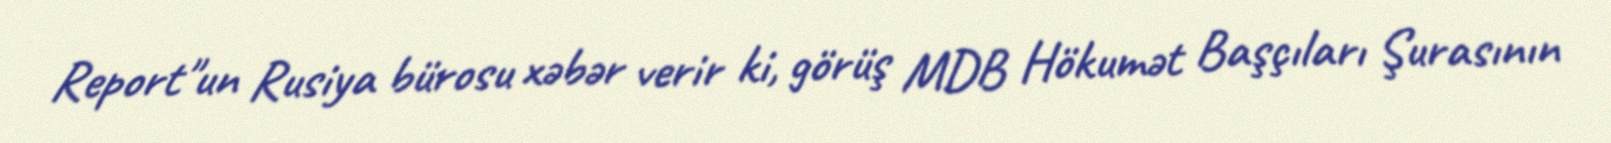
Report"un Rusiya bürosu xəbər verir ki, görüş MDB Hökumət Başçıları Şurasının